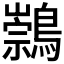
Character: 𪅁